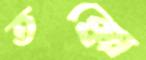
তক্কো